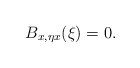
\begin{align*} B_{x,\eta x}(\xi)=0.\end{align*}